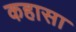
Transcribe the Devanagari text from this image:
कहासा